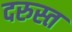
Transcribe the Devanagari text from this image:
दरुस्त